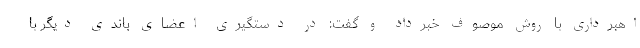
اهبرداری با روش موصوف خبرداد و گفت: در دستگیری اعضای باندی دیگر با